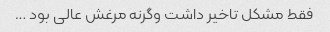
فقط مشکل تاخیر داشت وگرنه مرغش عالی بود …